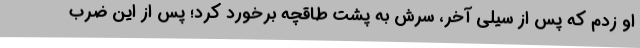
او زدم که پس از سیلی آخر، سرش به پشت طاقچه برخورد کرد؛ پس از این ضرب